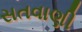
સતવાણી